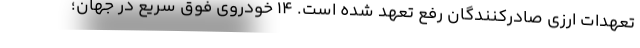
تعهدات ارزی صادرکنندگان رفع تعهد شده است. 14 خودروی فوق سریع در جهان؛